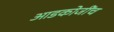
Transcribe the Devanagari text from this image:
आडकोजींच